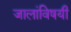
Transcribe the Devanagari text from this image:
जालांविषयी